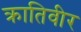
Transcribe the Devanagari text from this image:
क्रातिवीर